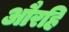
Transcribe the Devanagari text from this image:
औरहि